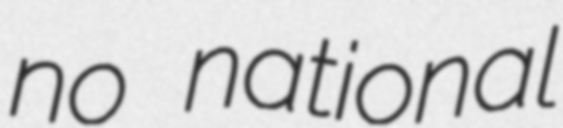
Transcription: no national